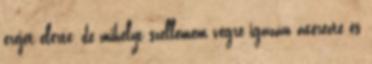
erejét elérte; de mihelyt szellemem végre igazán átérezte és